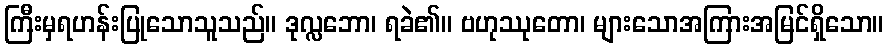
ကြီးမှရဟန်းပြုသောသူသည်။ ဒုလ္လဘော၊ ရခဲ၏။ ဗဟုဿုတော၊ များသောအကြားအမြင်ရှိသော။